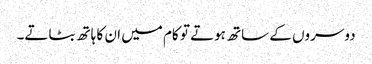
دوسروں کے ساتھ ہوتے تو کام میں ان کا ہاتھ بٹاتے۔